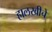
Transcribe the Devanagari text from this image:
हालखीचे